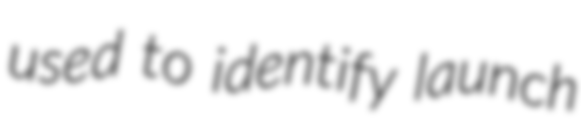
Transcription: used to identify launch